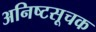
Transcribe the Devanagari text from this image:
अनिष्टसूचक